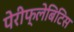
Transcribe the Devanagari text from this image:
पेरीफ्लेबिटिस